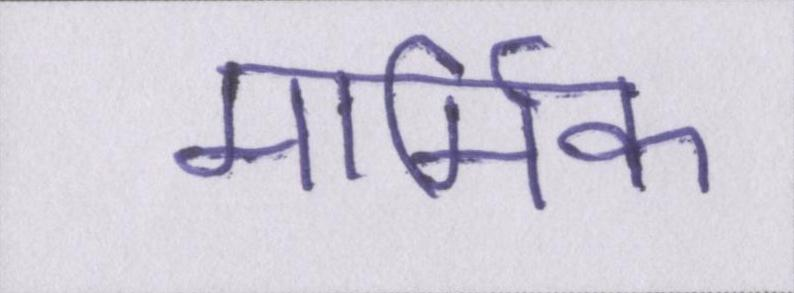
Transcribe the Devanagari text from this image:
मार्मिक